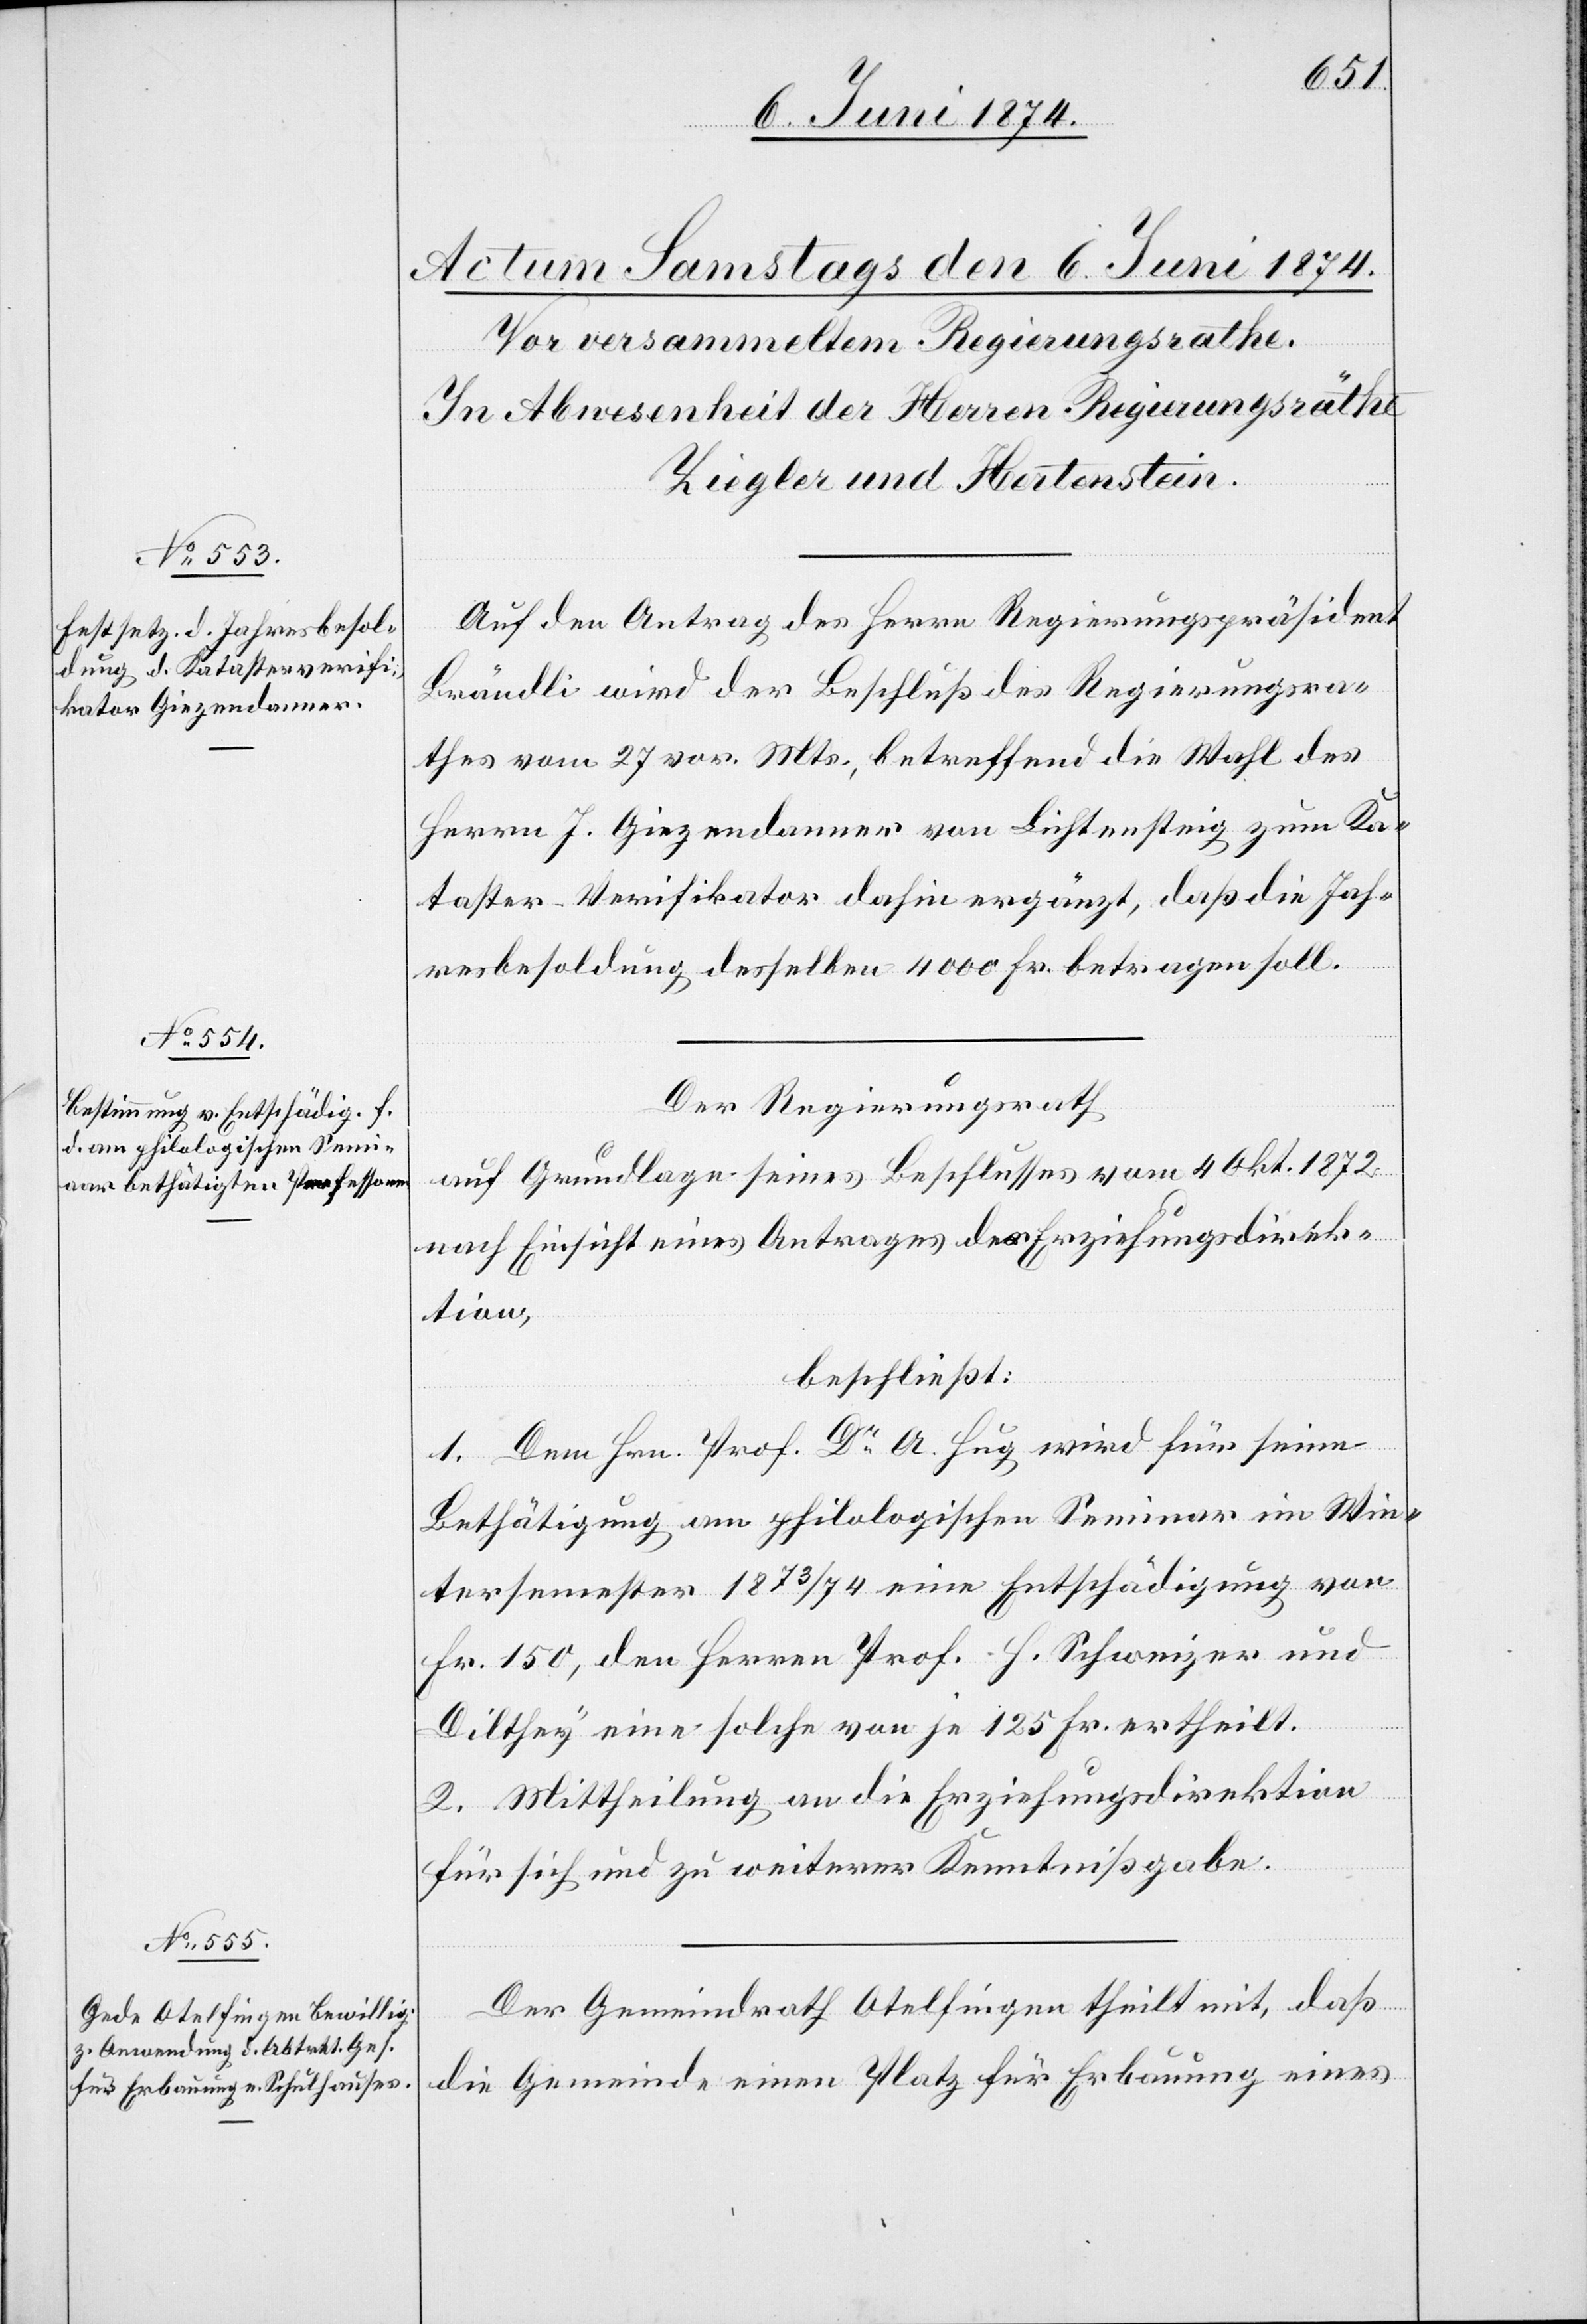
Auf den Antrag des Herrn Regierungspräsident
Brändli wird der Beschluß des Regierungsra¬
thes vom 27. vor. Mts., betreffend die Wahl des
Herrn J. Giezendanner von Lichtensteig zum Ka¬
taster-Verifikator dahin ergänzt, daß die Jah¬
resbesoldung desselben 4000 Fr. betragen soll.
Der Regierungsrath
auf Grundlage seines Beschlusses vom 4. Okt. 1872,
nach Einsicht eines Antrages der Erziehungsdirek¬
tion,
beschließt:
1. Dem Hrn. Prof. Dr A. Hug wird für seine
Bethätigung am philologischen Seminar im Win¬
tersemester 1873/74 eine Entschädigung von
Fr. 150, den Herren Prof. H. Schweizer und
Dilthey eine solche von je 125 Fr. ertheilt.
2. Mittheilung an die Erziehungsdirektion
für sich und zu weiterer Kenntnißgabe.
Der Gemeindrath Otelfingen theilt mit, daß
die Gemeinde einen Platz für Erbauung eines